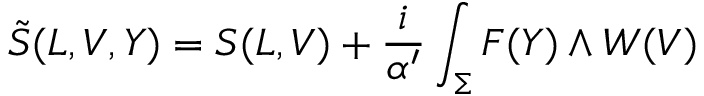
\tilde { S } ( L , V , Y ) = S ( L , V ) + \frac { i } { \alpha ^ { \prime } } \int _ { \Sigma } F ( Y ) \wedge W ( V )